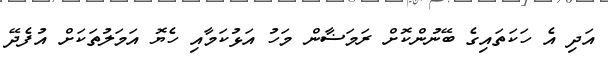
އަދި އެ ހަކަތައިގެ ބޭނުންކޮށް ރަމަޟާން މަހު އަޅުކަމާއި ހެޔޮ އަމަލުތަކަށް އުފެދޭ